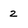
Character: 2